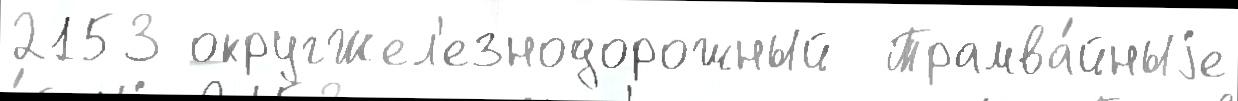
2153 округЖел'езнодорожный  Трамва́йныjе